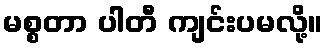
မစ္စတာ ပါတီ ကျင်းပမလို့။